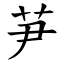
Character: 芛